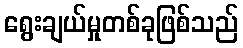
ရွေးချယ်မှုတစ်ခုဖြစ်သည်